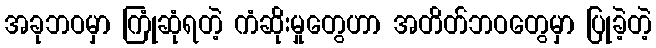
အခုဘဝမှာ ကြုံဆုံရတဲ့ ကံဆိုးမှုတွေဟာ အတိတ်ဘဝတွေမှာ ပြုခဲ့တဲ့